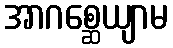
အာဂစ္ဆေယျာမ